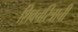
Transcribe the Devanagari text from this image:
शिवचरित्राची